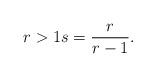
LaTeX: \begin{align*}r > 1 s = \frac{r}{r-1}.\end{align*}